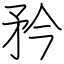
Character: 矜